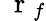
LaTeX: \mathrm{~\mathbf~r~}_{f}